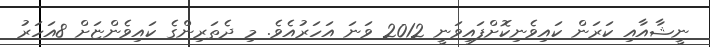
ނީޝާއާއި ކަރަން ކައިވެނިކޮށްފައިވަނީ 2012 ވަނަ އަހަރުއެވެ. މި ދެތަރިންގެ ކައިވެންޏަށް 8އަހަރު